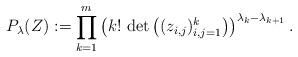
LaTeX: \begin{align*} P_{\lambda}(Z):= \prod_{k=1}^m \left( k! \, \det\left( (z_{i,j})_{i,j=1}^{k} \right) \right)^{\lambda_{k}-\lambda_{k+1}}.\end{align*}